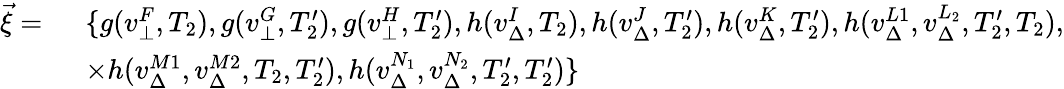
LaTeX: \begin{array}{rl}{\vec{\xi}=\ }&{\{ g(v_{\bot}^{F},T_{2}),g(v_{\bot}^{G},T_{2}^{\prime}),g(v_{\bot}^{H},T_{2}^{\prime}),h(v_{\Delta}^{I},T_{2}),h(v_{\Delta}^{J},T_{2}^{\prime}),h(v_{\Delta}^{K},T_{2}^{\prime}),h(v_{\Delta}^{L1},v_{\Delta}^{L_{2}},T_{2}^{\prime},T_{2}),}\\ &{\times h(v_{\Delta}^{M1},v_{\Delta}^{M2},T_{2},T_{2}^{\prime}),h(v_{\Delta}^{N_{1}},v_{\Delta}^{N_{2}},T_{2}^{\prime},T_{2}^{\prime})\} }\end{array}